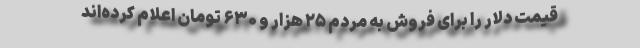
قیمت دلار را برای فروش به مردم ۲۵ هزار و ۶۳۰ تومان اعلام کرده‌اند